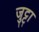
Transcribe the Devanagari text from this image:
जुट्टा